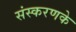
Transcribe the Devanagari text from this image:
संस्‍करणके